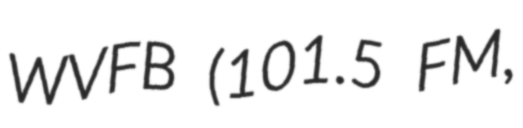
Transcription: WVFB (101.5 FM,